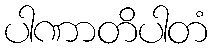
ပါဏာတိပါတံ